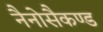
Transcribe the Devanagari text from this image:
नैनोसैकण्ड